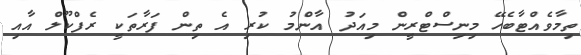
ތިމާވެއްޓާބެހޭ މިނިސްޓްރީން މިއަދު އާންމު ކުރި އެ ތިން ފަރާތަކީ ރެފްކޫލް އާއި